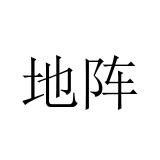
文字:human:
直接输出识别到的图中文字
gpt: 地阵